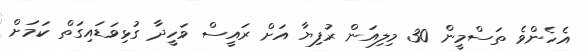
އެހެންވެ ތަސްމީން 30 މިލިއަން ރުފިޔާ އަށް ރައީސް ވަހީދާ ގުޅިވަޑައިގަތް ކަމަށް